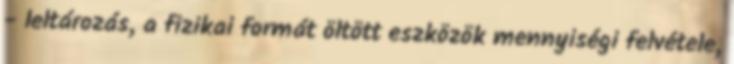
- leltározás, a fizikai formát öltött eszközök mennyiségi felvétele,